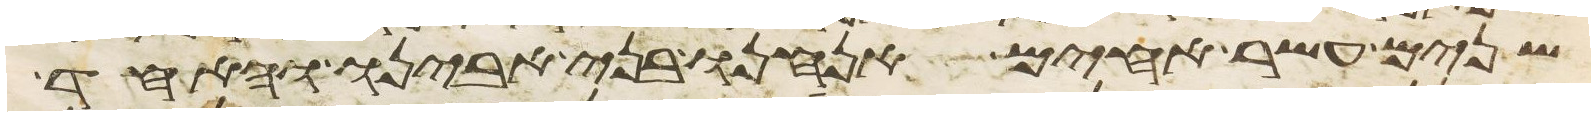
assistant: שנים עשר אחים אנחנו בני אבינו והאחד